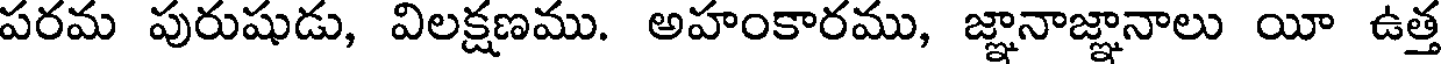
పరమ పురుషుడు, విలక్షణము. అహంకారము, జ్ఞానాజ్ఞానాలు యీ ఉత్త